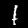
Label: 1